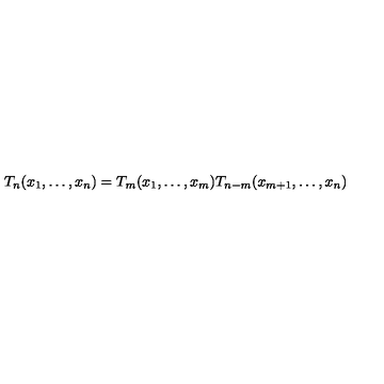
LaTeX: T _ { n } ( x _ { 1 } , \ldots , x _ { n } ) = T _ { m } ( x _ { 1 } , \ldots , x _ { m } ) T _ { n - m } ( x _ { m + 1 } , \ldots , x _ { n } )